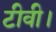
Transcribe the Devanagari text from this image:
टीवी।